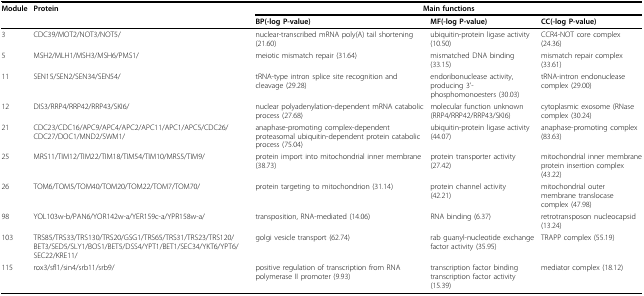
<table><thead><tr><td><b>Module</b></td><td><b>Protein</b></td><td colspan="3"><b>Main functions</b></td></tr><tr><td></td><td></td><td><b>BP(-log P-value)</b></td><td><b>MF(-log P-value)</b></td><td><b>CC(-log P-value)</b></td></tr></thead><tbody><tr><td>3</td><td>CDC39/MOT2/NOT3/NOT5/</td><td>nuclear-transcribed mRNA poly(A) tail shortening (21.60)</td><td>ubiquitin-protein ligase activity (10.50)</td><td>CCR4-NOT core complex (24.36)</td></tr><tr><td>5</td><td>MSH2/MLH1/MSH3/MSH6/PMS1/</td><td>meiotic mismatch repair (31.64)</td><td>mismatched DNA binding (33.15)</td><td>mismatch repair complex (33.61)</td></tr><tr><td>11</td><td>SEN15/SEN2/SEN34/SEN54/</td><td>tRNA-type intron splice site recognition and cleavage (29.28)</td><td>endoribonuclease activity, producing 3&#x27;-phosphomonoesters (30.03)</td><td>tRNA-intron endonuclease complex (29.00)</td></tr><tr><td>12</td><td>DIS3/RRP4/RRP42/RRP43/SKI6/</td><td>nuclear polyadenylation-dependent mRNA catabolic process (27.68)</td><td>molecular function unknown (RRP4/RRP42/RRP43/SKI6)</td><td>cytoplasmic exosome (RNase complex (30.24)</td></tr><tr><td>21</td><td>CDC23/CDC16/APC9/APC4/APC2/APC11/APC1/APC5/CDC26/CDC27/DOC1/MND2/SWM1/</td><td>anaphase-promoting complex-dependent proteasomal ubiquitin-dependent protein catabolic process (75.04)</td><td>ubiquitin-protein ligase activity (44.07)</td><td>anaphase-promoting complex (83.63)</td></tr><tr><td>25</td><td>MRS11/TIM12/TIM22/TIM18/TIM54/TIM10/MRS5/TIM9/</td><td>protein import into mitochondrial inner membrane (38.73)</td><td>protein transporter activity (27.42)</td><td>mitochondrial inner membrane protein insertion complex (43.22)</td></tr><tr><td>26</td><td>TOM6/TOM5/TOM40/TOM20/TOM22/TOM7/TOM70/</td><td>protein targeting to mitochondrion (31.14)</td><td>protein channel activity(42.21)</td><td>mitochondrial outer membrane translocase complex (47.98)</td></tr><tr><td>98</td><td>YOL103w-b/PAN6/YOR142w-a/YER159c-a/YPR158w-a/</td><td>transposition, RNA-mediated (14.06)</td><td>RNA binding (6.37)</td><td>retrotransposon nucleocapsid (13.24)</td></tr><tr><td>103</td><td>TRS85/TRS33/TRS130/TRS20/GSG1/TRS65/TRS31/TRS23/TRS120/BET3/SED5/SLY1/BOS1/BET5/DSS4/YPT1/BET1/SEC34/YKT6/YPT6/SEC22/KRE11/</td><td>golgi vesicle transport (62.74)</td><td>rab guanyl-nucleotide exchange factor activity (35.95)</td><td>TRAPP complex (55.19)</td></tr><tr><td>115</td><td>rox3/sfl1/sin4/srb11/srb9/</td><td>positive regulation of transcription from RNA polymerase II promoter (9.93)</td><td>transcription factor binding transcription factor activity (15.39)</td><td>mediator complex (18.12)</td></tr></tbody></table>